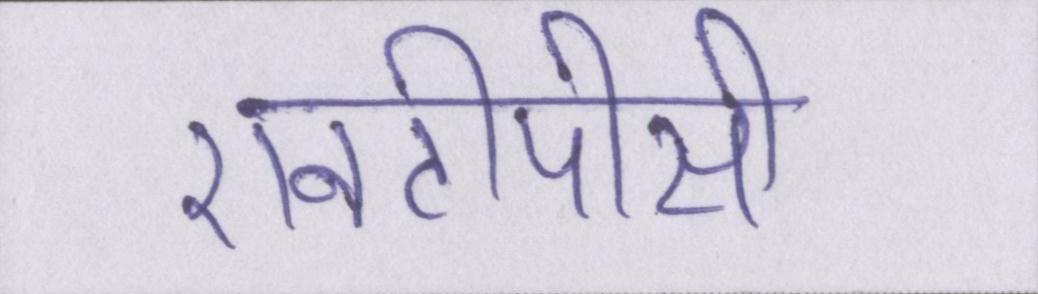
एनटीपीसी